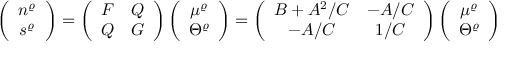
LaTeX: \left( \begin{array} { c } { { n ^ { \varrho } } } \\ { { s ^ { \varrho } } } \end{array} \right) = \left( \begin{array} { c c } { { F } } & { { Q } } \\ { { Q } } & { { G } } \end{array} \right) \left( \begin{array} { c } { { \mu ^ { \varrho } } } \\ { { \Theta ^ { \varrho } } } \end{array} \right) = \left( \begin{array} { c c } { { B + A ^ { 2 } / C } } & { { - A / C } } \\ { { - A / C } } & { { 1 / C } } \end{array} \right) \left( \begin{array} { c } { { \mu ^ { \varrho } } } \\ { { \Theta ^ { \varrho } } } \end{array} \right)